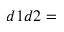
d 1 d 2 =